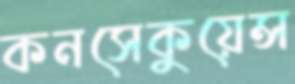
কনসেকুয়েন্স